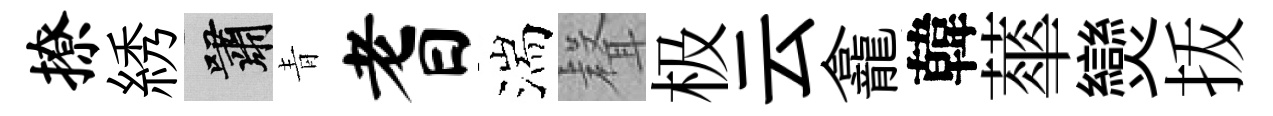
撩綉嘯青耆湍𮋻极云龕韓蕐𤓖㧞